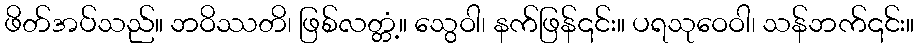
ဖိတ်အပ်သည်။ ဘဝိဿတိ၊ ဖြစ်လတ္တံ့။ သွေဝါ၊ နက်ဖြန်၎င်း။ ပရသုဝေဝါ၊ သန်ဘက်၎င်း။